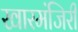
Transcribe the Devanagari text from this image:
खारमंजिरी